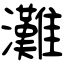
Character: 灘